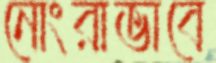
নোংরাভাবে